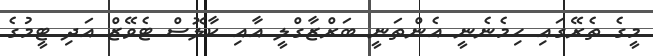
މީގެ ތެރޭގައި ހިމެނެނީ އެންތަނީ ބަރްޒާގްލީ އާއި ކާލޮސް ޓެވޭޒް އަދި ޓީމުގެ